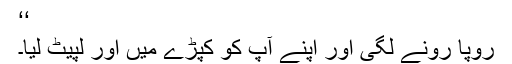
‘‘
رُوپا رونے لگی اور اپنے آپ کو کپڑے میں اور لپیٹ لیا۔